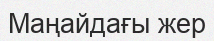
Маңайдағы жер